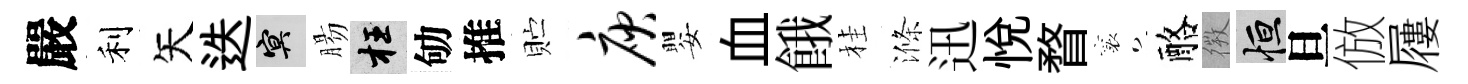
嚴利矢迭冥腸枉劬推贮庾嬰血餓桂滌迅悦瞀襄酪𢕄恒旦倣屨